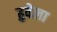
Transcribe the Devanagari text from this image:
हुवेला